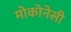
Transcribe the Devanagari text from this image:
मोकोनेसी